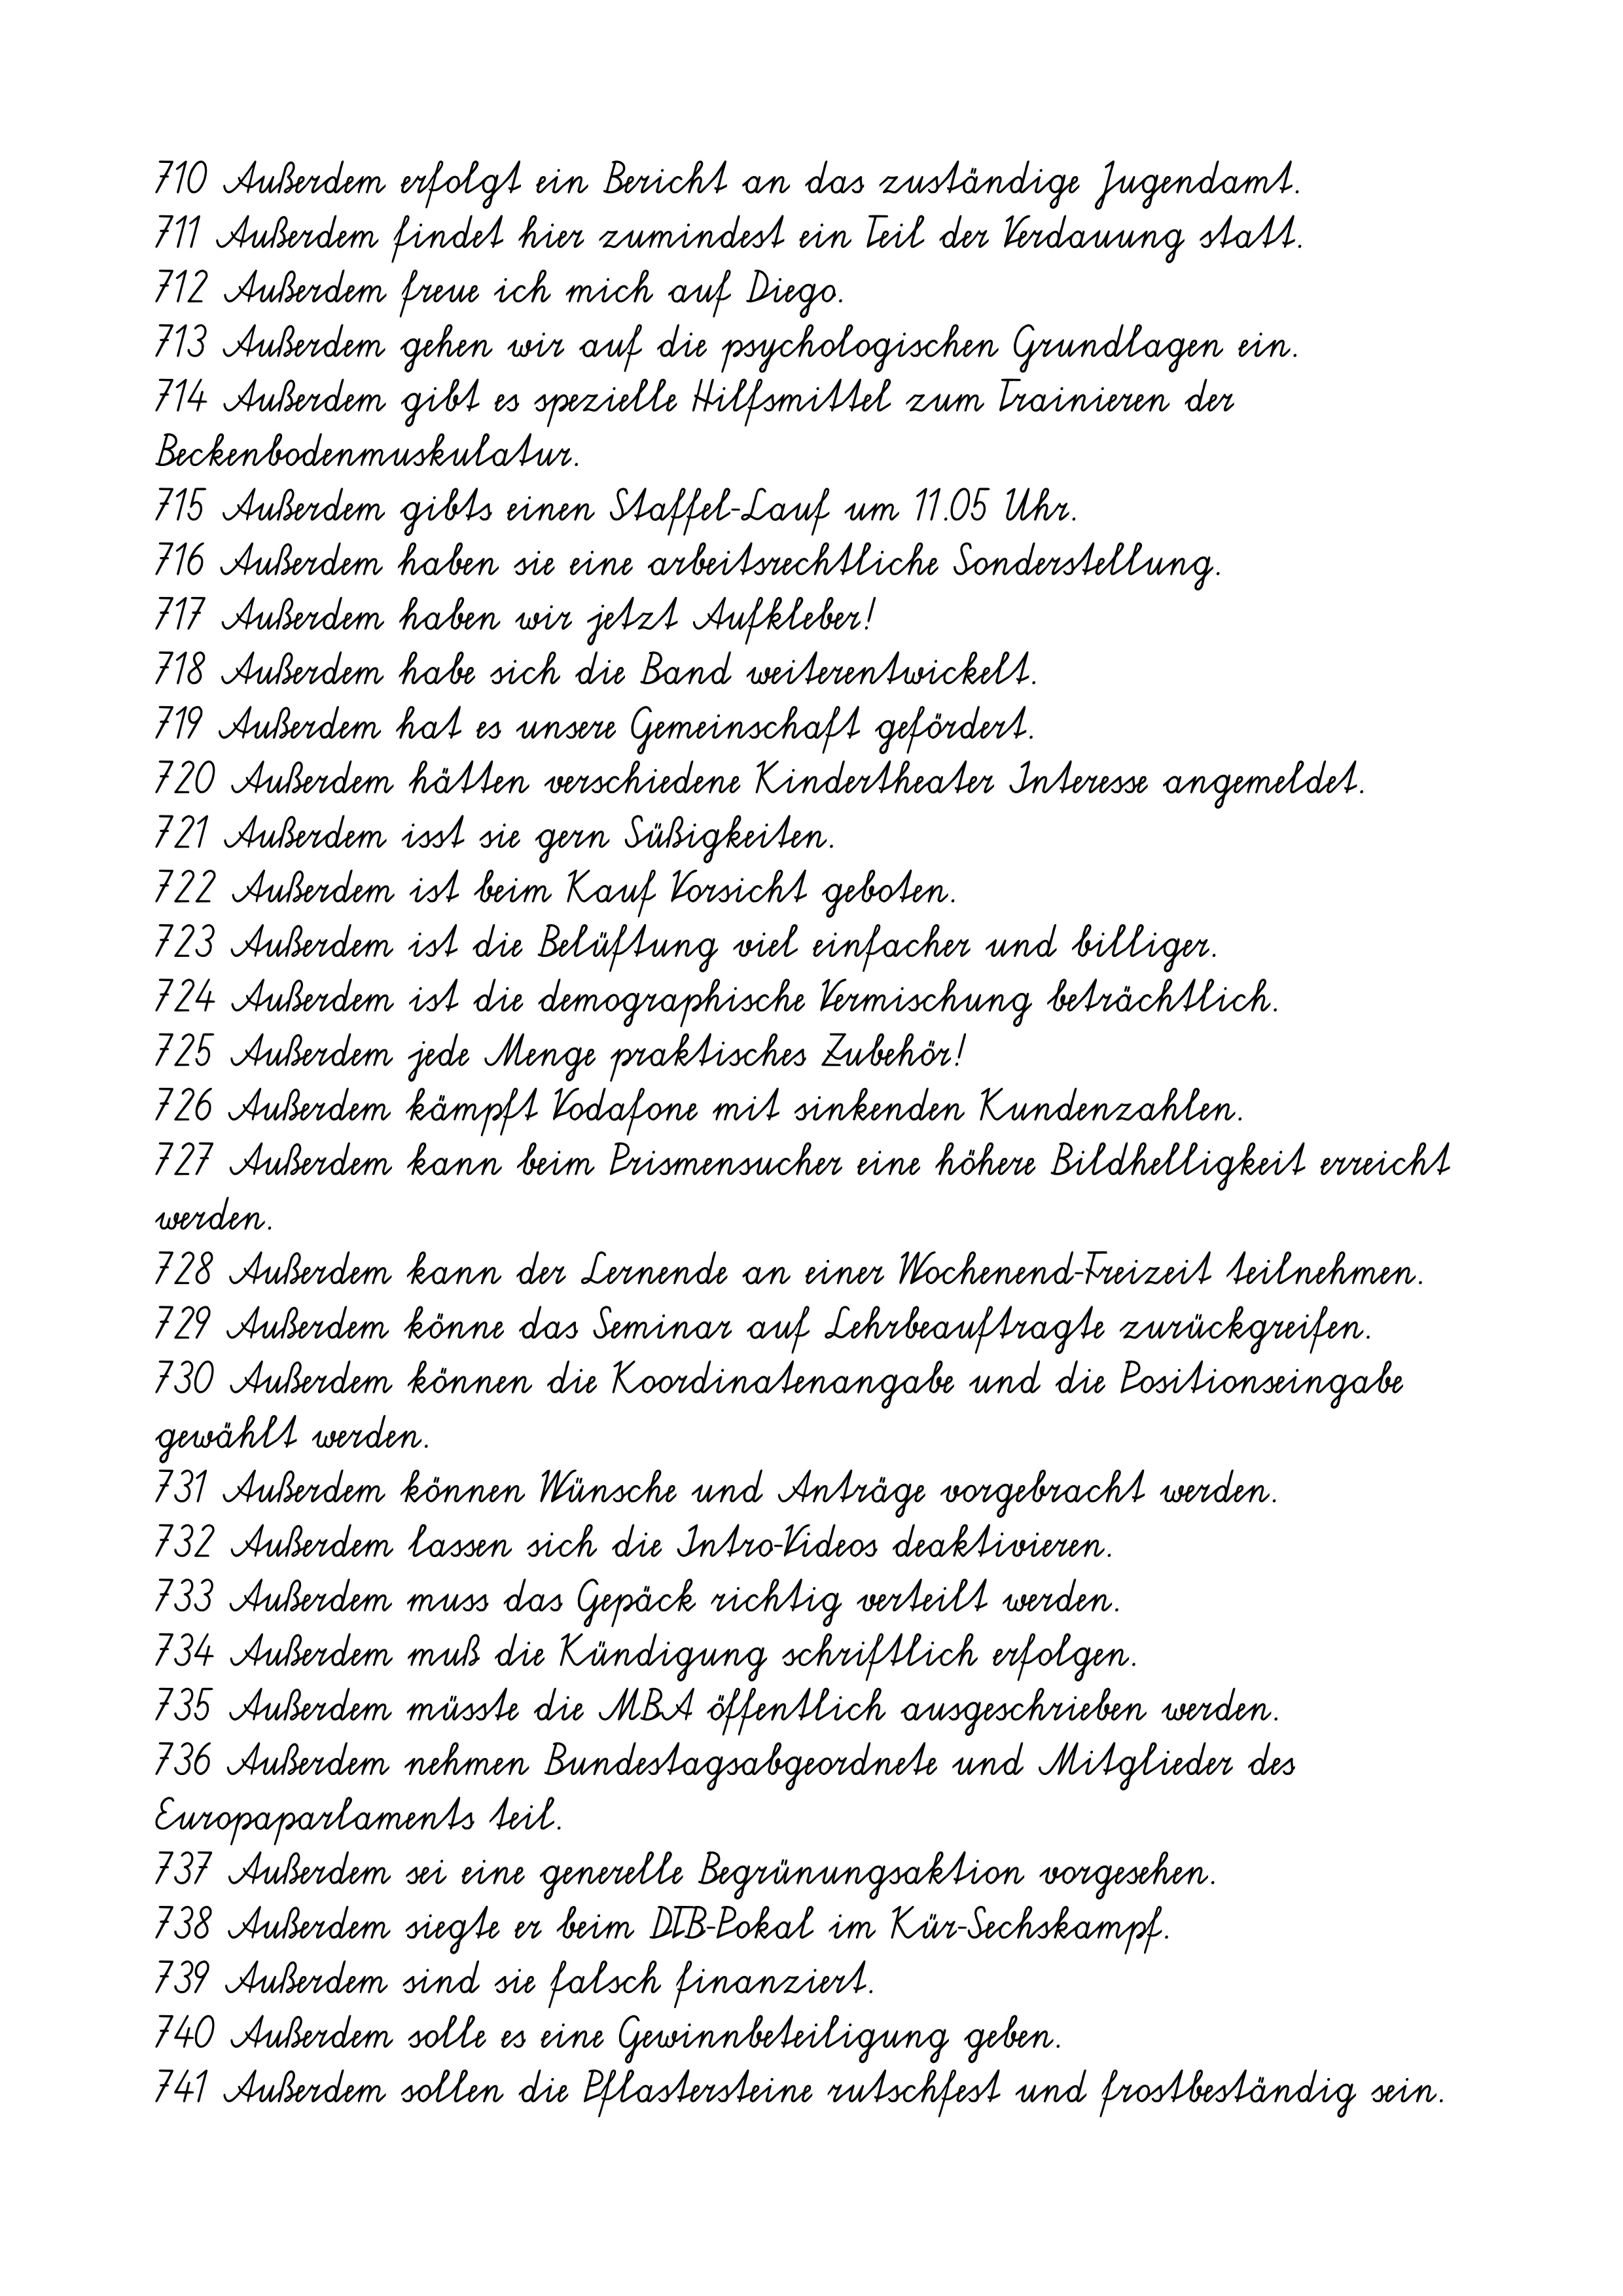
710 Außerdem erfolgt ein Bericht an das zuständige Jugendamt.
711 Außerdem findet hier zumindest ein Teil der Verdauung statt.
712 Außerdem freue ich mich auf Diego.
713 Außerdem gehen wir auf die psychologischen Grundlagen ein.
714 Außerdem gibt es spezielle Hilfsmittel zum Trainieren der
Beckenbodenmuskulatur.
715 Außerdem gibts einen Staffel-Lauf um 11.05 Uhr.
716 Außerdem haben sie eine arbeitsrechtliche Sonderstellung.
717 Außerdem haben wir jetzt Aufkleber!
718 Außerdem habe sich die Band weiterentwickelt.
719 Außerdem hat es unsere Gemeinschaft gefördert.
720 Außerdem hätten verschiedene Kindertheater Interesse angemeldet.
721 Außerdem isst sie gern Süßigkeiten.
722 Außerdem ist beim Kauf Vorsicht geboten.
723 Außerdem ist die Belüftung viel einfacher und billiger.
724 Außerdem ist die demographische Vermischung beträchtlich.
725 Außerdem jede Menge praktisches Zubehör!
726 Außerdem kämpft Vodafone mit sinkenden Kundenzahlen.
727 Außerdem kann beim Prismensucher eine höhere Bildhelligkeit erreicht
werden.
728 Außerdem kann der Lernende an einer Wochenend-Freizeit teilnehmen.
729 Außerdem könne das Seminar auf Lehrbeauftragte zurückgreifen.
730 Außerdem können die Koordinatenangabe und die Positionseingabe
gewählt werden.
731 Außerdem können Wünsche und Anträge vorgebracht werden.
732 Außerdem lassen sich die Intro-Videos deaktivieren.
733 Außerdem muss das Gepäck richtig verteilt werden.
734 Außerdem muß die Kündigung schriftlich erfolgen.
735 Außerdem müsste die MBA öffentlich ausgeschrieben werden.
736 Außerdem nehmen Bundestagsabgeordnete und Mitglieder des
Europaparlaments teil.
737 Außerdem sei eine generelle Begrünungsaktion vorgesehen.
738 Außerdem siegte er beim DTB-Pokal im Kür-Sechskampf.
739 Außerdem sind sie falsch finanziert.
740 Außerdem solle es eine Gewinnbeteiligung geben.
741 Außerdem sollen die Pflastersteine rutschfest und frostbeständig sein.